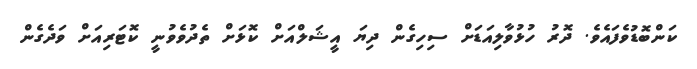
ކަންބޮޑުވެފައެވެ. ދޮރު ހުޅުވާލިއަޑަށް ސިހިގެން ދިޔަ އީޝަލްއަށް ކޮޅަށް ތެދުވެވުނީ ކޮޓަރިއަށް ވަދެގެން